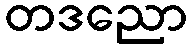
တဒညော